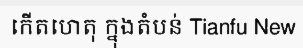
កើតហេតុ ក្នុងតំបន់ Tianfu New